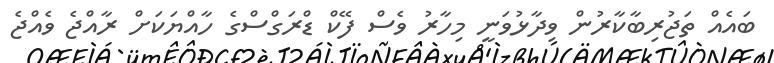
ބައެއް ތަޖުރިބާކާރުން ވިދާޅުވަނީ މިހާރު ވެސް ފޭކް ޑްރަގްސްގެ ހާއްޔަކަށް ރާއްޖެ ވެއްޖެ